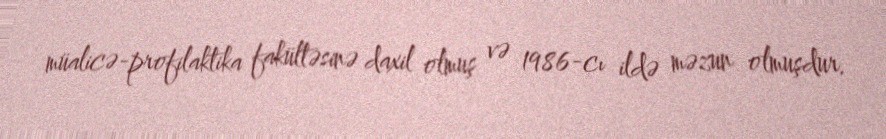
müalicə-profilaktika fakültəsinə daxil olmuş və 1986-cı ildə məzun olmuşdur.